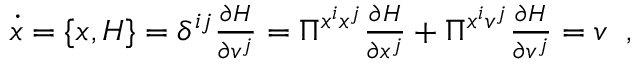
\begin{array} { r } { \dot { x } = \{ x ^ { } , H \} = \delta ^ { i j } \frac { \partial H } { \partial v ^ { j } } = \Pi ^ { x ^ { i } x ^ { j } } \frac { \partial H } { \partial x ^ { j } } + \Pi ^ { x ^ { i } v ^ { j } } \frac { \partial H } { \partial v ^ { j } } = v ^ { } } \end{array} ,